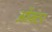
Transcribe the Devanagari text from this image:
ऑक्टर